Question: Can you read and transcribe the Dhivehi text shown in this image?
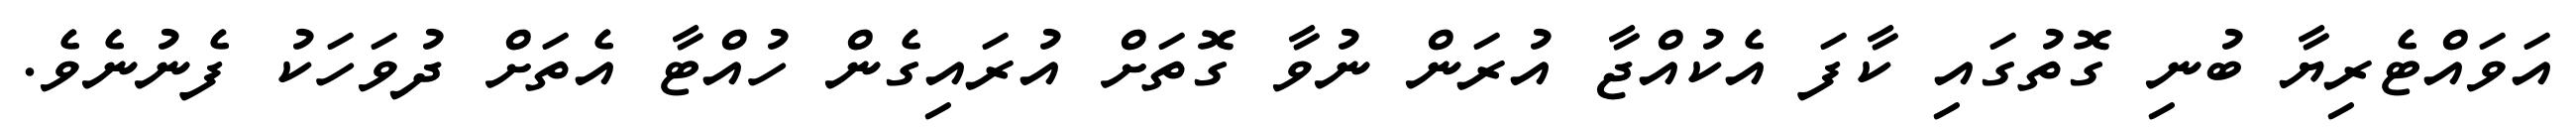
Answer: އަވައްޓެރިޔާ ބުނި ގޮތުގައި ކާފަ އެކުއްޖާ އުރަން ނުވާ ގޮތަށް އުރައިގެން ހުއްޓާ އެތަށް ދުވަހަކު ފެނުނެވެ.